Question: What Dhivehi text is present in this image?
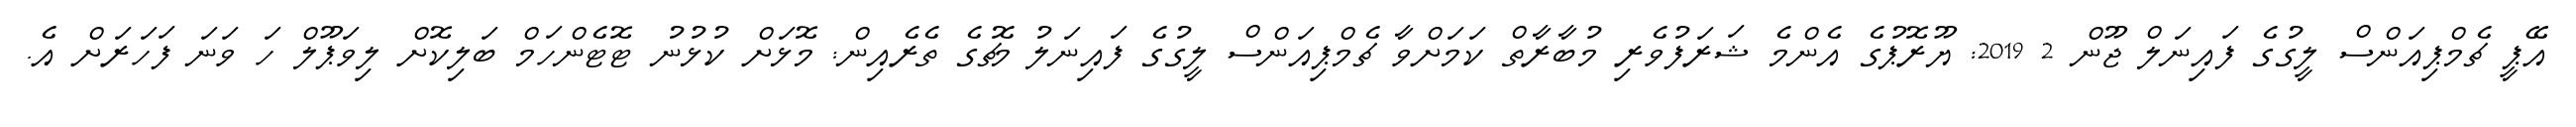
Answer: އޭޕީ ޗެމްޕިއަންސް ލީގުގެ ފައިނަލް ޖޫން 2 2019: ޔޫރޮޕުގެ އެންމެ ޝަރަފުވެރި މުބާރާތް ކަމަށްވާ ޗެމްޕިއަންސް ލީގުގެ ފައިނަލު މެޗުގެ ތެރެއިން: މޮޅަށް ކުޅުނު ޓޮޓެންހަމް ބަލިކޮށް ލިވަޕޫލް ހަ ވަނަ ފަހަރަށް އެ.